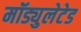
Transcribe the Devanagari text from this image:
मॉड्युलेटेड